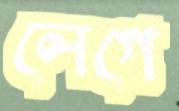
লেগে